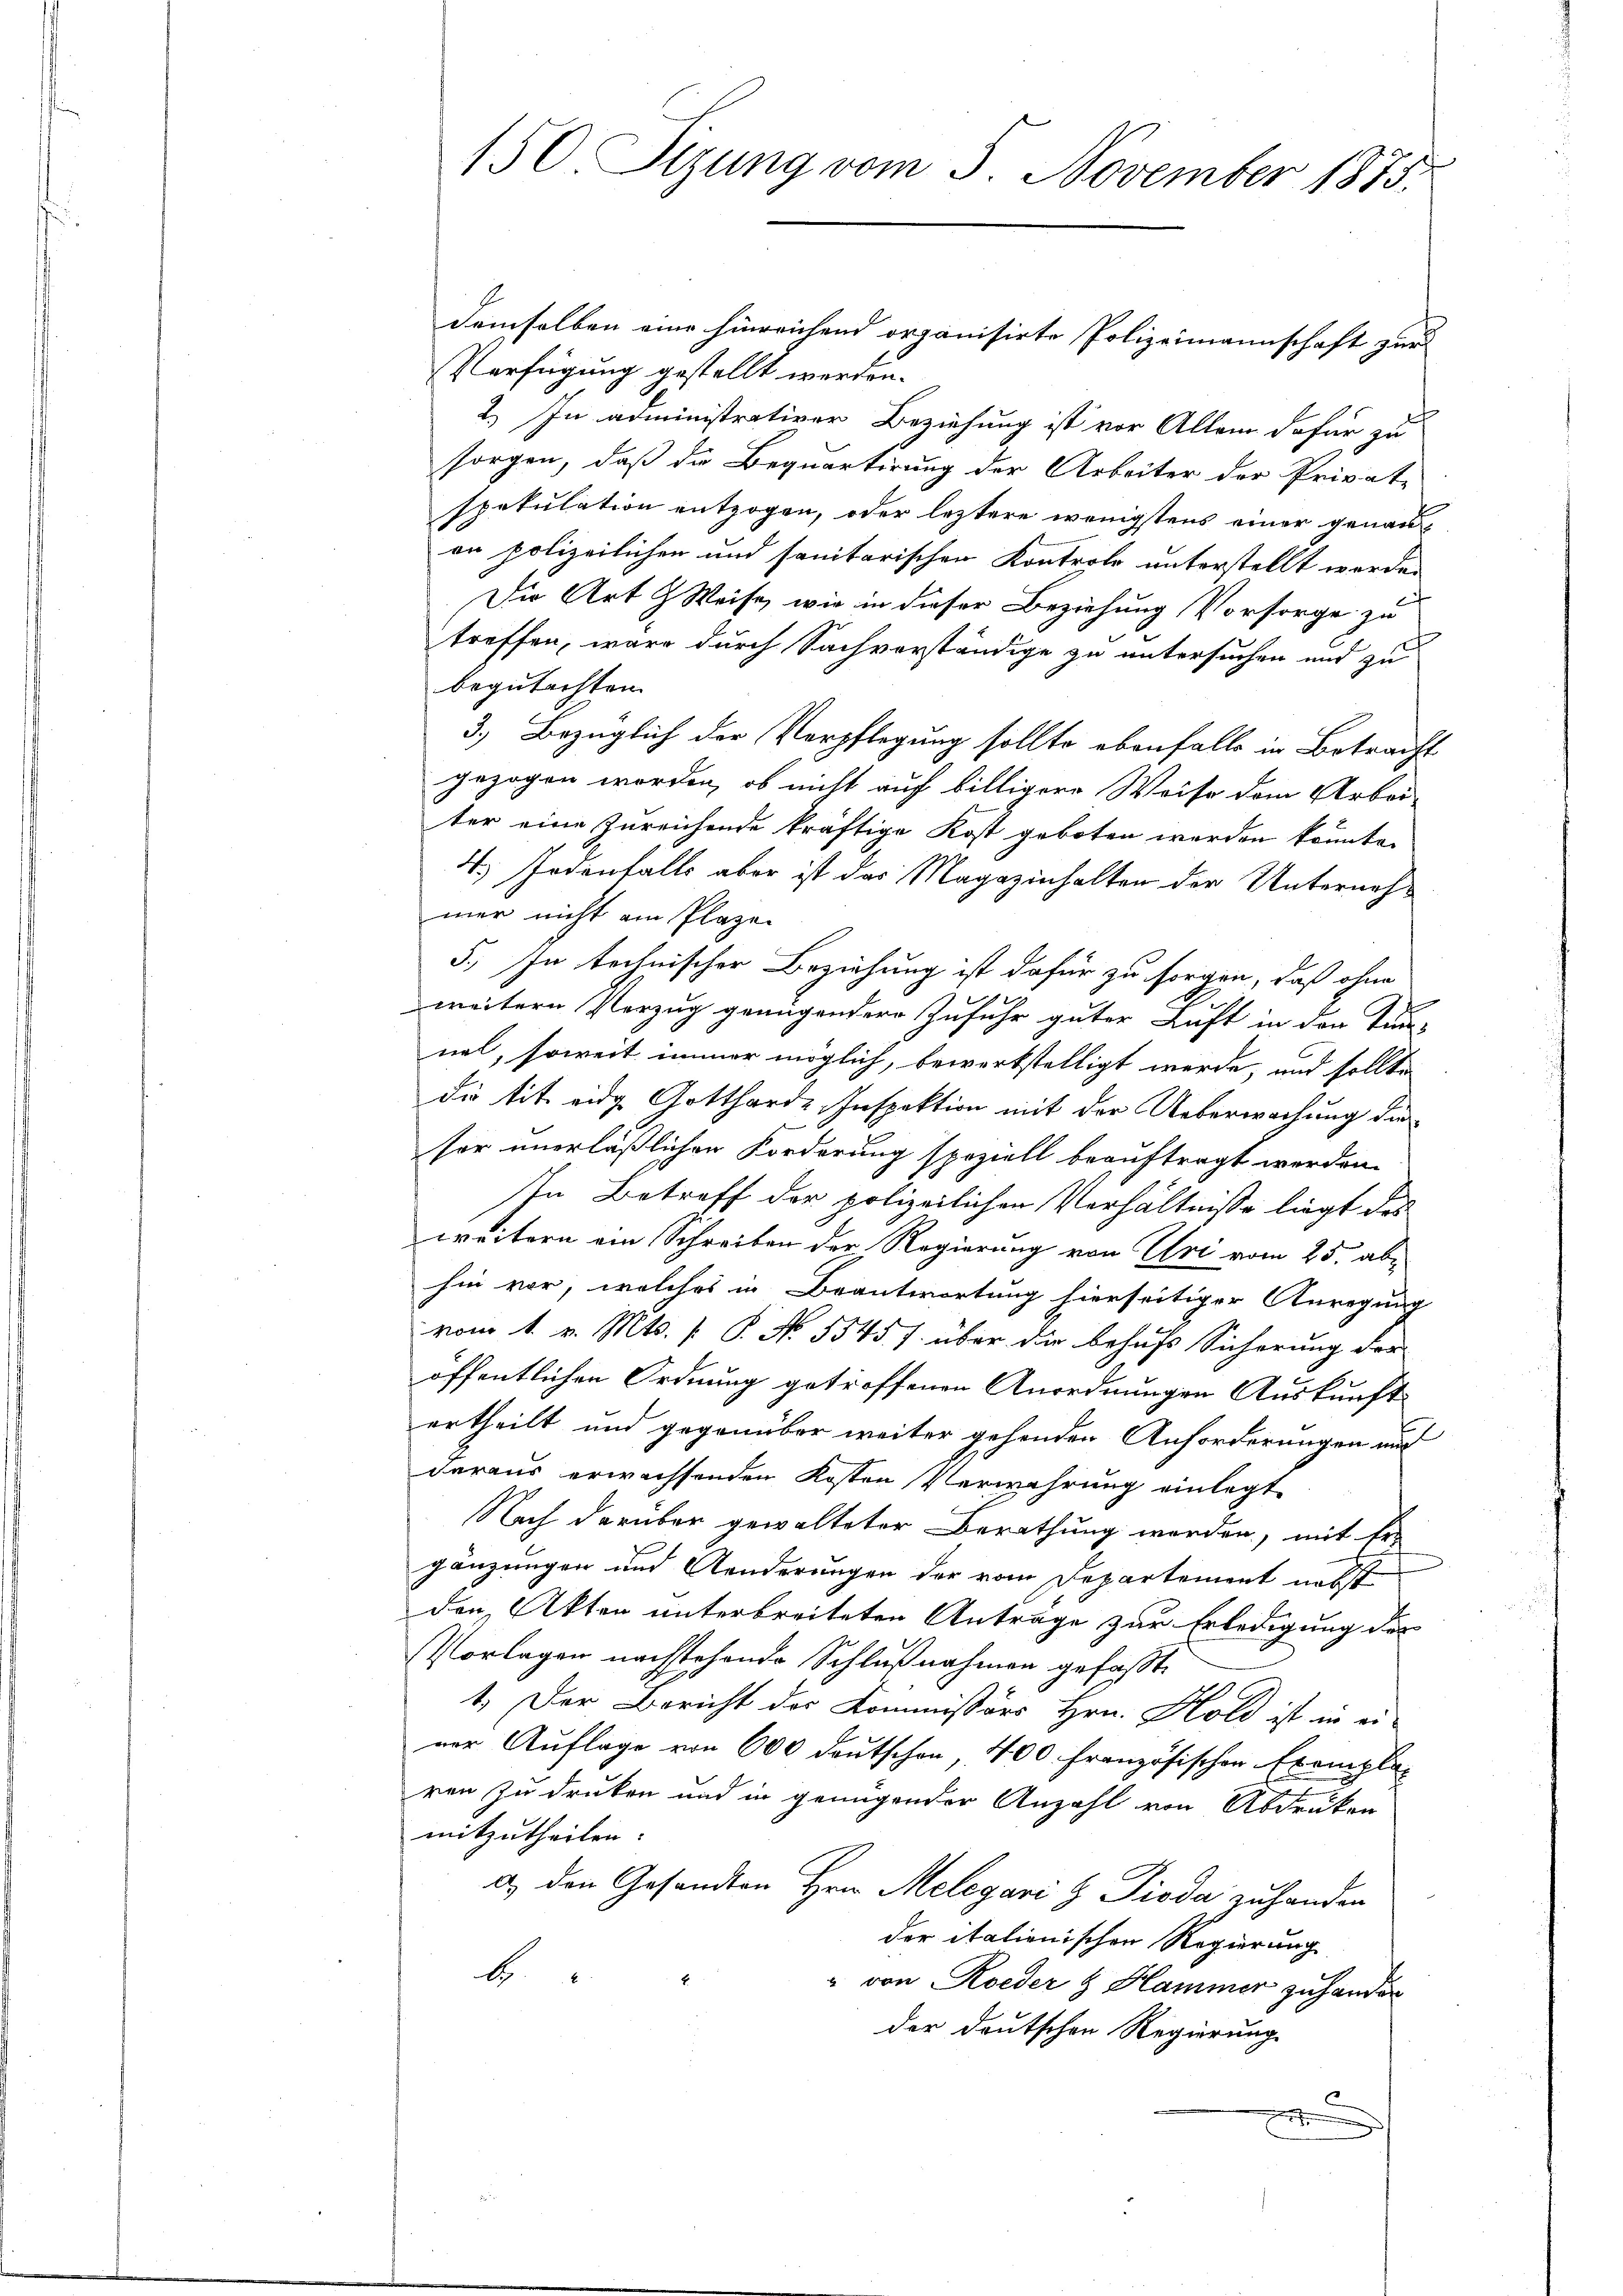
150. Setzung vom 3. November 1873.

demselben eine hinreichend organisirte Polizeimannschaft zur
Verfügung gestellt werden.
2.) In administrativer Beziehung ist vor Allem dafür zu
sorgen, daß die Bequartirung der Arbeiter der Privat-
spekulation entzogen, oder leztere wenigstens einer genau
on polizeilichen und sanitarischen Kontrolo unterstellt worden
Die Art & Weise, wie in dieser Beziehung Vorsorge zu
treffen, wäre durch Sachverständige zu untersuchen und zu
begutachten
3.) Bezüglich der Verpflegung sollte ebenfalls in Betracht
gezogen worden, ob nicht auf billigere Weise dem Arbei-
ter eine Zureichende kräftige Kost geboten worden könnte.
4.) Jedenfalls aber ist das Magazinhalten der Unternehmer nicht am Plazen
5., In technischer Beziehung ist dafür zu sorgen, daß ohne
weitern Verzug genügendere Zufuhr guter Luft in den Tun-
nal, soweit immer möglich, bewerkstelligt werde, und sollte
die tit. eidg. Gottharde Inspektion mit der Ueberwachung die
hor unerläßlichen Forderung speziell beauftragt werden.
In Betreff der polizeilichen Verhältnisse liegt das
weitern ein Schreiben der Regierung von Uri vom 25. abhin vor, welches in Beantwortung hierseitiger Anregung
vom 1. v. Mts. [ P. No. 5545 f. über die behufs Sicherung der
öffentlichen Ordnung getroffenen Anordnungen Auskunft
ertheilt und gegenüber weiter gehenden Anforderungen auf
daraus erwachsenden Kosten Verwahrung einlegt
Nach darüber gewalteter Berathung werden, mit Er-
gänzungen und Aenderungen der vom Departement nebst
den Akten unterbreiteten Antrage zur Erledigung der
Vorlagen nachstehende Schlußnahmen gefaßt.
1. Der Bericht des Kommissors Hrn. Hold ist in ei-
ner Auflage von 600 deutschen, 400 französischen Exemplaren zu druken und in genügender Anzahl von Abdruken
mitzutheilen.
d.) den Gesandten Hrn. Melegari z Pioda zuhanden
der italionischen Regierung
be
" von Roeder & Hammer zu hander
der deutschen Regierung